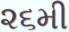
૨૬મી